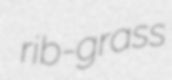
rib-grass